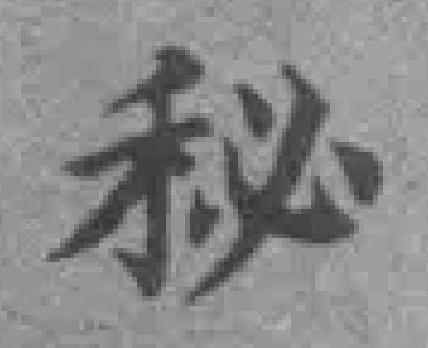
秘